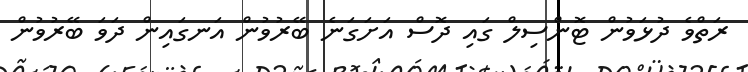
ރަތްވެ ދުޅަވުން ޓޮންސިލް ގައި ދޮސް އަށަގަނެ ބޭރުވުން އަނގައިން ދަވަ ބޭރުވުން